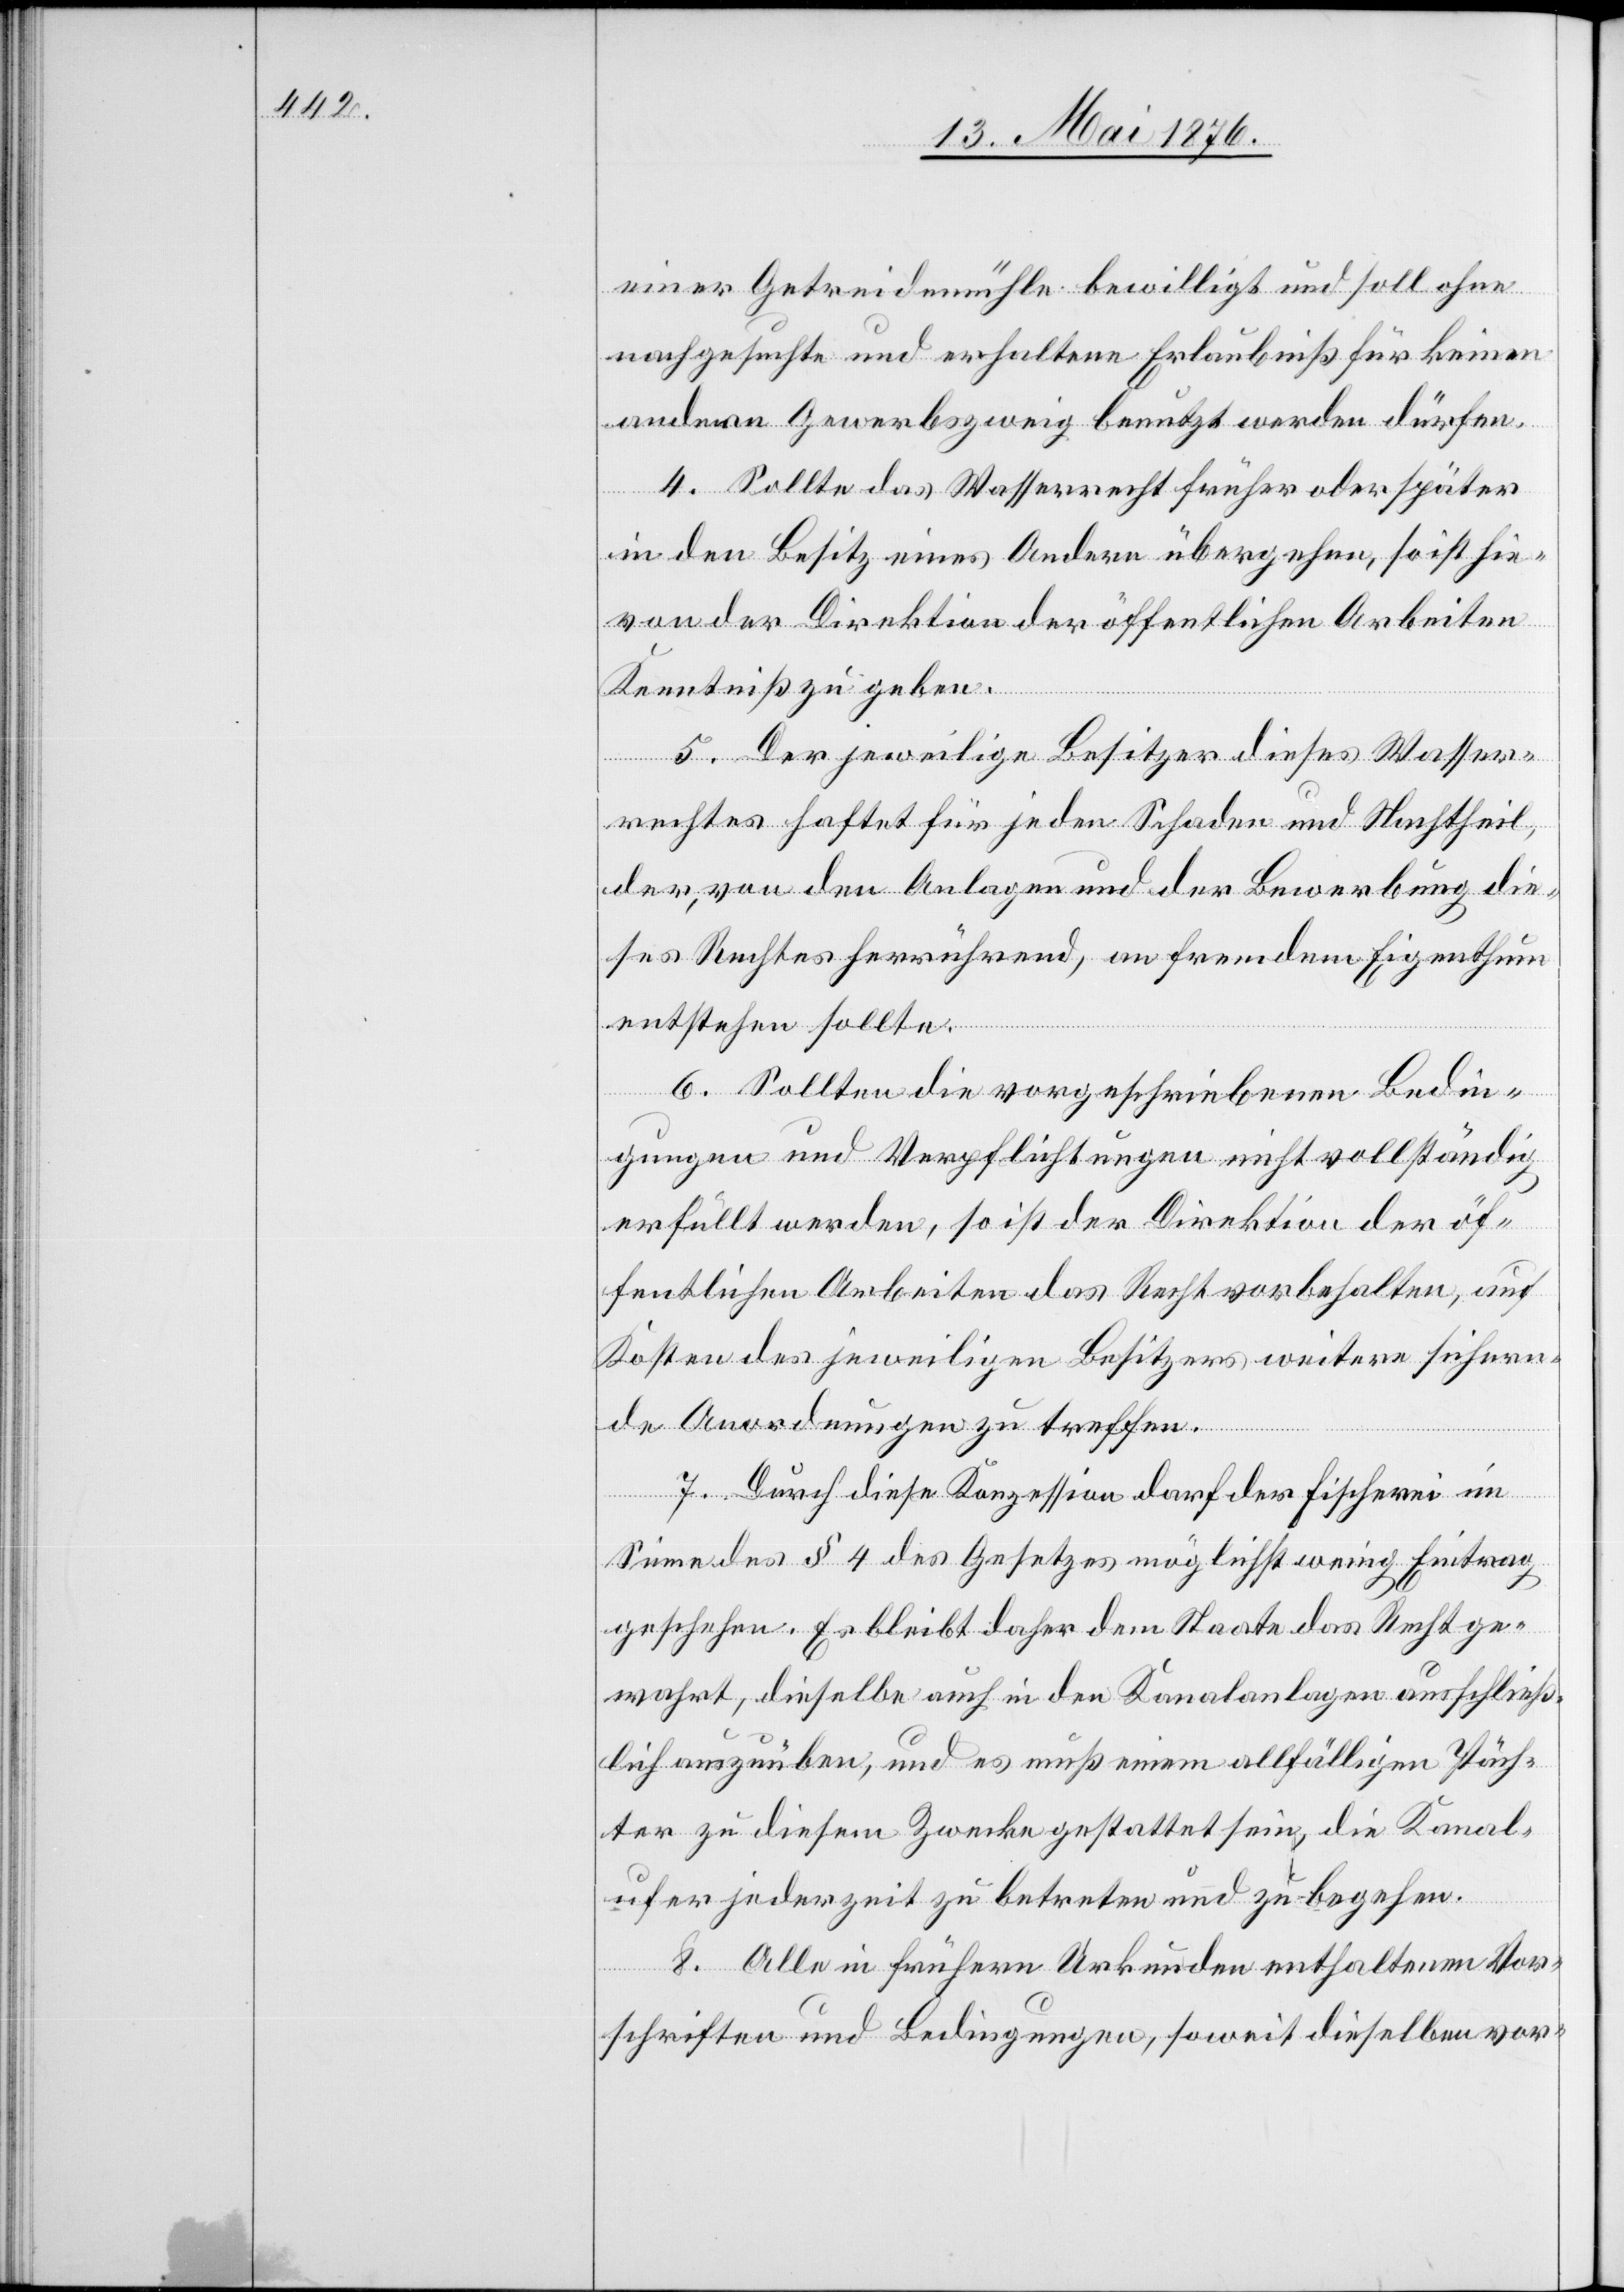
einer Getreidemühle bewilligt und soll ohne
nachgesuchte und erhaltene Erlaubniß für keinen
andern Gewerbszweig benutzt werden dürfen.
4. Sollte das Wasserrecht früher oder später
in den Besitz eines Andern übergehen, so ist hie¬
von der Direktion der öffentlichen Arbeiten
Kenntniß zu geben.
5. Der jeweilige Besitzer dieses Wasser¬
rechtes haftet für jeden Schaden und Nachtheil,
der, von den Anlagen und der Bewerbung die¬
ses Rechtes herrührend, an fremdem Eigenthum
entstehen sollte.
6. Sollten die vorgeschriebenen Bedin¬
gungen und Verpflichtungen nicht vollständig
erfüllt werden, so ist der Direktion der öf¬
fentlichen Arbeiten das Recht vorbehalten, auf
Kosten des jeweiligen Besitzers weitere sichern¬
de Anordnungen zu treffen.
7. Durch diese Konzession darf der Fischerei im
Sinne des § 4 des Gesetzes möglichst wenig Eintrag
geschehen. Es bleibt daher dem Staate das Recht ge¬
wahrt, dieselbe auch in den Kanalanlagen ausschließ¬
lich auszuüben, und es muß einen allfälligen Päch¬
ter zu diesem Zwecke gestattet sein, die Kanal¬
ufer jederzeit zu betreten und zu begehen.
8. Alle in frühern Urkunden enthaltenen Vor¬
schriften und Bedingungen, soweit dieselben vor-